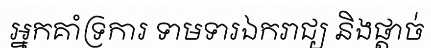
អ្នកគាំទ្រការ ទាមទារឯករាជ្យ និងផ្តាច់